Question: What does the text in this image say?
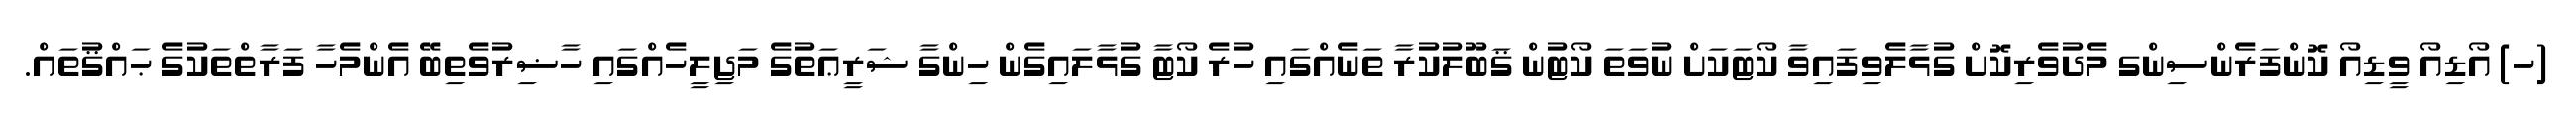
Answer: (ހ) އޯޑިއޯ ވީޑިއޯ ކޮންފަރެންސިންގ މެދުވެރިކޮށް ގުޅާލެވިފައިވާ ކޯޓަކަށް ނުވަތަ ކޯޓުން ޤަބޫލުކުރާ ތަނެއްގައި ހުރެ ކޯޓާ ގުޅާލައިގެން ހިންގާ ޝަރީޢަތުގެ މަޖިލީހެއްގައި ހާޟިރުވެތިބޭ އެންމެހާ ފަރާތްތަކުގެ ޙައްޤުތައް.